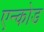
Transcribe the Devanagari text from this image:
एन्कोड